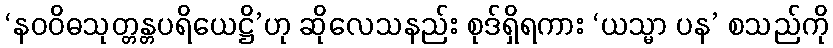
‘နဝဝိဓသုတ္တန္တပရိယေဋ္ဌိ’ဟု ဆိုလေသနည်း စုဒ်ရှိရကား ‘ယသ္မာ ပန’ စသည်ကို